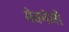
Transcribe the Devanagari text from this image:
मेक्नेली